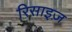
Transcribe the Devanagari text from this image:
रिसाइज़